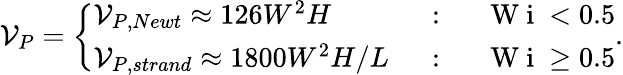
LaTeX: \mathcal{V}_{P}=\left\{ \begin{array}{ll}{\mathcal{V}_{P,Newt}\approx 126W^{2}H}&{\mathrm{~:~}\quad\mathrm{~W~i~}<0.5}\\ {\mathcal{V}_{P,strand}\approx 1800W^{2}H/L}&{\mathrm{~:~}\quad\mathrm{~W~i~}\geq 0.5}\end{array}\right..